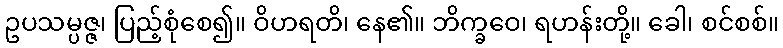
ဥပသမ္ပဇ္ဇ၊ ပြည့်စုံစေ၍။ ဝိဟရတိ၊ နေ၏။ ဘိက္ခဝေ၊ ရဟန်းတို့။ ခေါ၊ စင်စစ်။